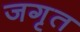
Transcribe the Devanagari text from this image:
जगृत